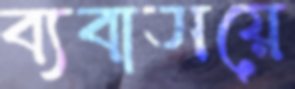
ব্যবাসয়ে